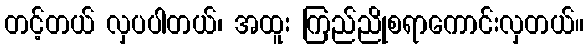
တင့်တယ် လှပပါတယ်၊ အထူး ကြည်ညိုစရာကောင်းလှတယ်။